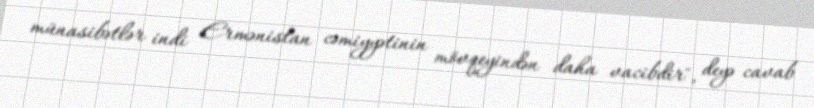
münasibətlər indi Ermənistan cəmiyyətinin mövqeyindən daha vacibdir", deyə cavab